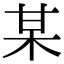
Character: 某